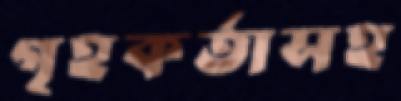
গৃহকর্তাসহ